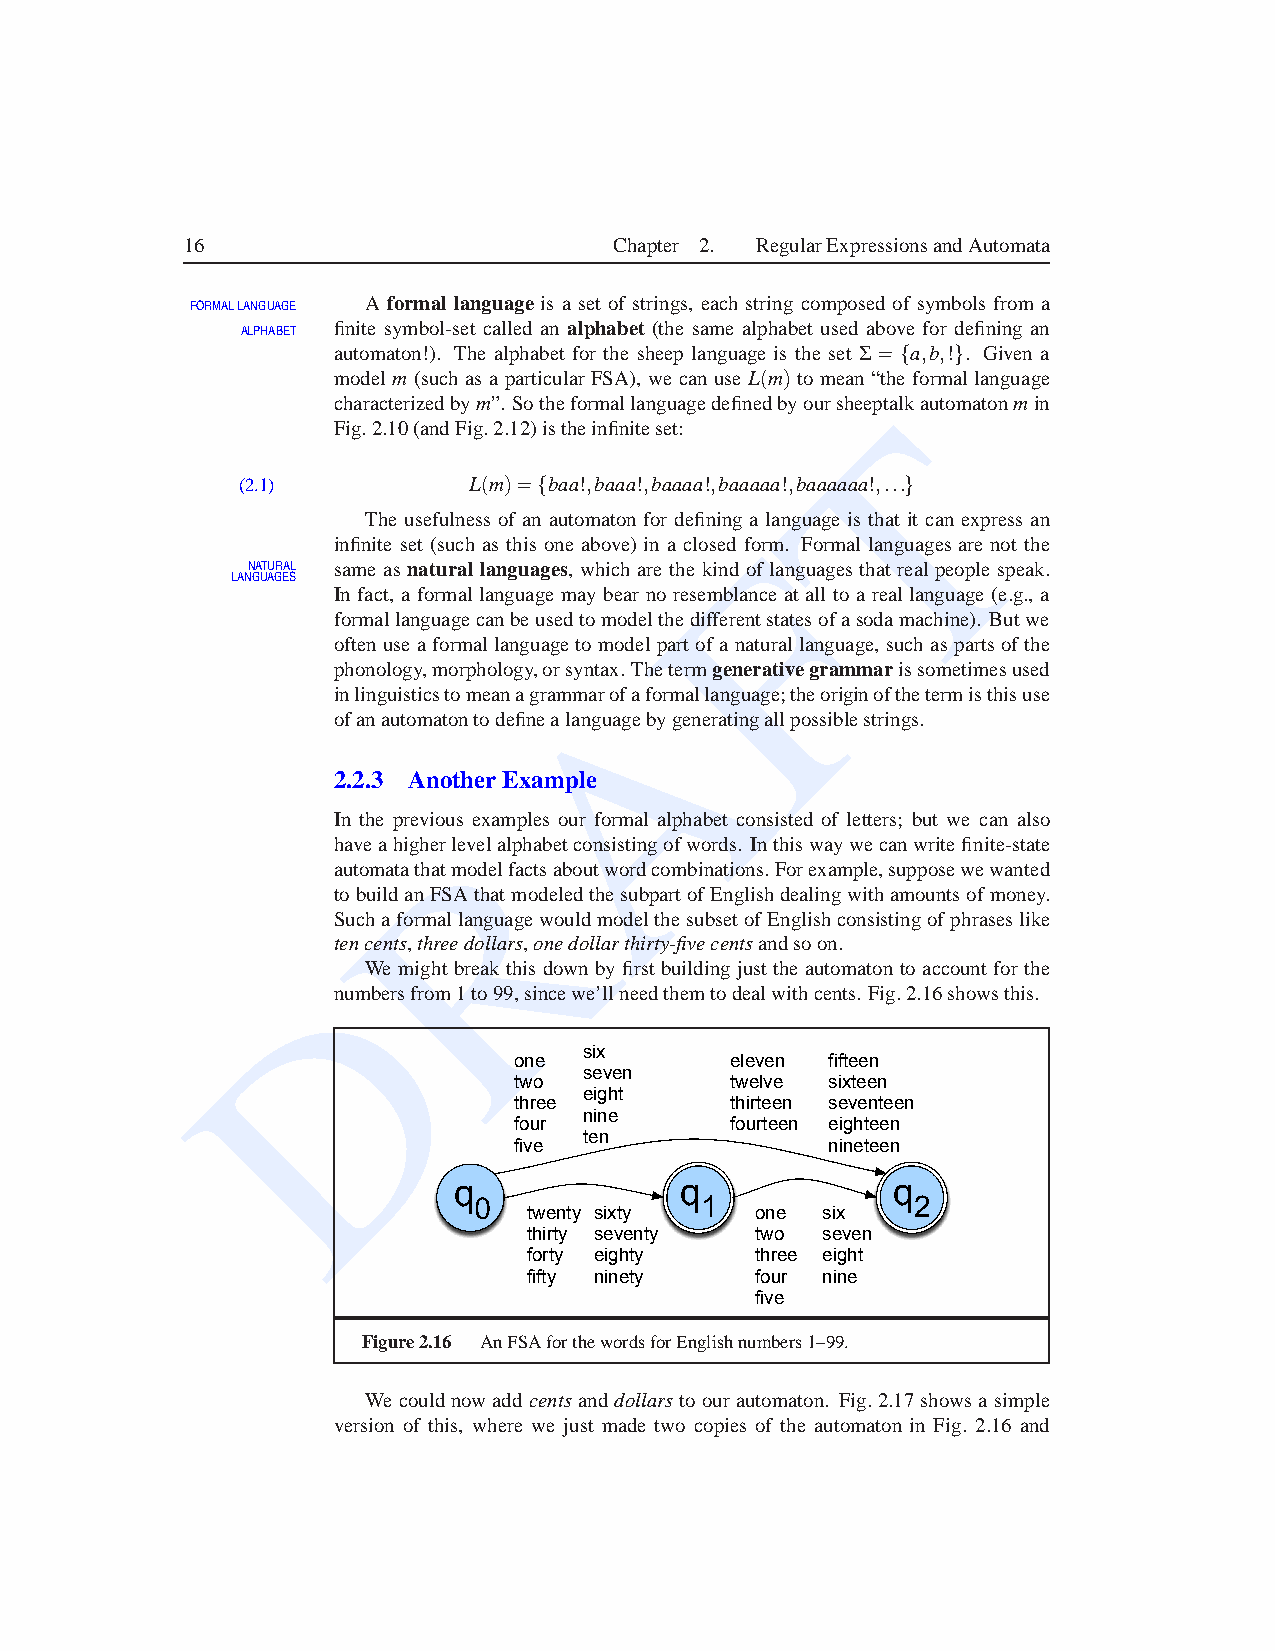
16                           Chapter 2. RegularExpressionsandAutomata
 FORMALLANGUAGE A formal language is a set of strings, each string composed of symbols from a
 ALPHABET finite symbol-set called an alphabet (the same alphabet used above for defining an
 automaton!). The alphabet for the sheep language is the set S ={a,b,!}. Given a
 modelm (such as a particularFSA), we can use L(m) to mean “the formallanguage
 characterizedbym”. SotheformallanguagedefinedbyoursheeTptalkautomatonmin
 Fig.2.10(andFig.2.12)istheinfiniteset:
 (2.1)          L(m)={baa!,baaa!,baaaa!,baaaaa!,baaaaaa!,...}
 The usefulness of an automaton for defining a language is that it can express an
 F
 infinite set (such as this one above) in a closed form. Formal languages are not the
 NATURAL same as natural languages, which are the kind of languagesthat real people speak.
 LANGUAGES
 In fact, a formallanguage may bear no resemblance at all to a real language (e.g., a
 formallanguagecanbeusedtomodelthedifferentstatesofasodamachine). Butwe
 oftenuse a formallanguageto modelpartofa naturallanguage, such as partsof the
 A
 phonology,morphology,orsyntax. Thetermgenerativegrammarissometimesused
 inlinguisticstomeanagrammarofaformallanguage;theoriginofthetermisthisuse
 ofanautomatontodefinealanguagebygeneratingallpossiblestrings.
 2.2.3 Another Example
 In the previouRs examples our formal alphabet consisted of letters; but we can also
 haveahigherlevelalphabetconsistingofwords. Inthiswaywecanwritefinite-state
 automatathatmodelfactsaboutwordcombinations.Forexample,supposewewanted
 tobuildanFSA thatmodeledthesubpartofEnglishdealingwithamountsofmoney.
 SuchaformallanguagewouldmodelthesubsetofEnglishconsistingofphraseslike
 tencents,threedollars,onedollarthirty-fivecentsandsoon.
 DWe   mightbreak this down by first building just the automatonto accountfor the
 numbersfrom1to99,sincewe’llneedthemtodealwithcents. Fig.2.16showsthis.
 six
 one           eleven fifteen
 seven
 two           twelve sixteen
 eight
 three         thirteen seventeen
 nine
 four          fourteen eighteen
 ten
 five                 nineteen
 q              q             q
 1              2
 twenty sixty   one six
 thirty seventy two seven
 forty eighty   three eight
 fifty ninety   four nine
 five
 Figure2.16 AnFSAforthewordsforEnglishnumbers1–99.
 We couldnowadd centsand dollarsto ourautomaton. Fig. 2.17showsa simple
 version of this, where we just made two copies of the automaton in Fig. 2.16 and